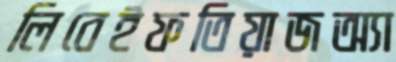
লিবেইফতিয়াজঅ্যা